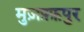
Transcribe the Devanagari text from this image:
मुज़फ़्फ़पुर